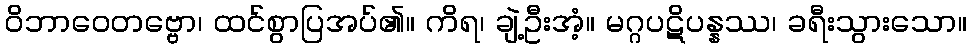
ဝိဘာဝေတဗ္ဗော၊ ထင်စွာပြအပ်၏။ ကိရ၊ ချဲ့ဦးအံ့။ မဂ္ဂပဋိပန္နဿ၊ ခရီးသွားသော။